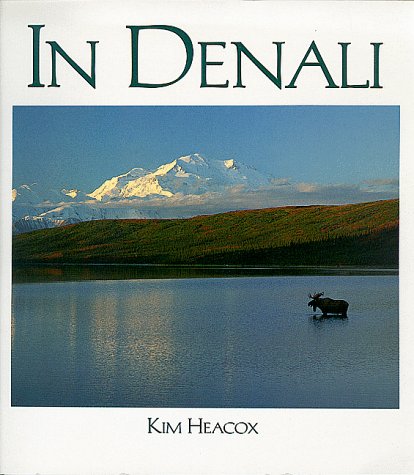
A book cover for In Denali: A Photographic Essay Of Denali National Park And Preserve Alaska; Kim Heacox; Travel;